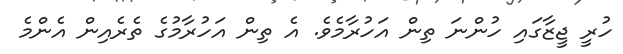
ހުރީ ޖީޒާގައި ހުންނަ ތިން އަހުރާމެވެ. އެ ތިން އަހުރާމުގެ ތެރެއިން އެންމެ